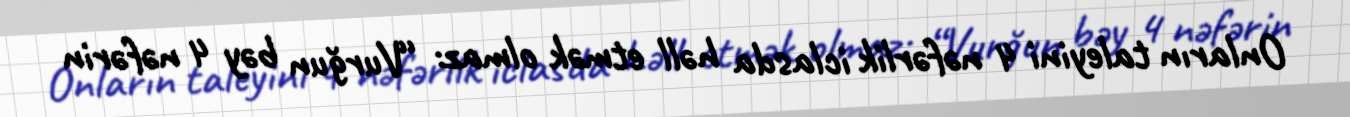
Onların taleyini 4 nəfərlik iclasda həll etmək olmaz: “Vurğun bəy 4 nəfərin